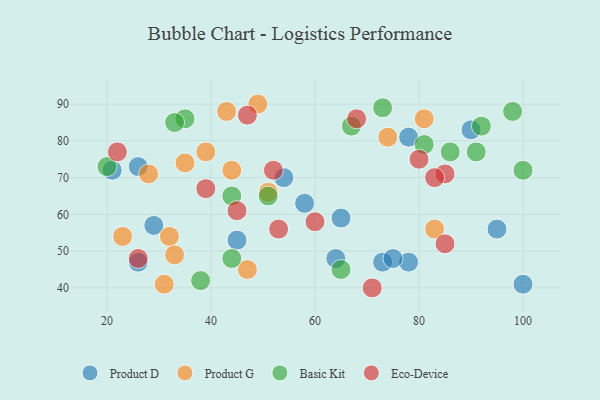
{"axis": {"x": "GDP", "y": "Life Expectancy"}, "legend": ["Basic Kit", "Eco-Device", "Product D", "Product G"], "data": [{"x": "26", "y": 47, "type": "Product D"}, {"x": "26", "y": 73, "type": "Product D"}, {"x": "100", "y": 41, "type": "Product D"}, {"x": "29", "y": 57, "type": "Product D"}, {"x": "65", "y": 59, "type": "Product D"}, {"x": "90", "y": 83, "type": "Product D"}, {"x": "45", "y": 53, "type": "Product D"}, {"x": "21", "y": 72, "type": "Product D"}, {"x": "73", "y": 47, "type": "Product D"}, {"x": "58", "y": 63, "type": "Product D"}, {"x": "78", "y": 81, "type": "Product D"}, {"x": "64", "y": 48, "type": "Product D"}, {"x": "78", "y": 47, "type": "Product D"}, {"x": "95", "y": 56, "type": "Product D"}, {"x": "54", "y": 70, "type": "Product D"}, {"x": "75", "y": 48, "type": "Product D"}, {"x": "51", "y": 66, "type": "Product G"}, {"x": "83", "y": 56, "type": "Product G"}, {"x": "23", "y": 54, "type": "Product G"}, {"x": "49", "y": 90, "type": "Product G"}, {"x": "74", "y": 81, "type": "Product G"}, {"x": "39", "y": 77, "type": "Product G"}, {"x": "32", "y": 54, "type": "Product G"}, {"x": "44", "y": 72, "type": "Product G"}, {"x": "31", "y": 41, "type": "Product G"}, {"x": "33", "y": 49, "type": "Product G"}, {"x": "28", "y": 71, "type": "Product G"}, {"x": "47", "y": 45, "type": "Product G"}, {"x": "43", "y": 88, "type": "Product G"}, {"x": "81", "y": 86, "type": "Product G"}, {"x": "35", "y": 74, "type": "Product G"}, {"x": "86", "y": 77, "type": "Basic Kit"}, {"x": "73", "y": 89, "type": "Basic Kit"}, {"x": "20", "y": 73, "type": "Basic Kit"}, {"x": "44", "y": 48, "type": "Basic Kit"}, {"x": "92", "y": 84, "type": "Basic Kit"}, {"x": "91", "y": 77, "type": "Basic Kit"}, {"x": "67", "y": 84, "type": "Basic Kit"}, {"x": "100", "y": 72, "type": "Basic Kit"}, {"x": "44", "y": 65, "type": "Basic Kit"}, {"x": "51", "y": 65, "type": "Basic Kit"}, {"x": "81", "y": 79, "type": "Basic Kit"}, {"x": "65", "y": 45, "type": "Basic Kit"}, {"x": "35", "y": 86, "type": "Basic Kit"}, {"x": "33", "y": 85, "type": "Basic Kit"}, {"x": "98", "y": 88, "type": "Basic Kit"}, {"x": "38", "y": 42, "type": "Basic Kit"}, {"x": "47", "y": 87, "type": "Eco-Device"}, {"x": "85", "y": 71, "type": "Eco-Device"}, {"x": "53", "y": 56, "type": "Eco-Device"}, {"x": "52", "y": 72, "type": "Eco-Device"}, {"x": "45", "y": 61, "type": "Eco-Device"}, {"x": "68", "y": 86, "type": "Eco-Device"}, {"x": "85", "y": 52, "type": "Eco-Device"}, {"x": "39", "y": 67, "type": "Eco-Device"}, {"x": "83", "y": 70, "type": "Eco-Device"}, {"x": "71", "y": 40, "type": "Eco-Device"}, {"x": "80", "y": 75, "type": "Eco-Device"}, {"x": "22", "y": 77, "type": "Eco-Device"}, {"x": "60", "y": 58, "type": "Eco-Device"}, {"x": "26", "y": 48, "type": "Eco-Device"}]}